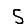
Digit: 5